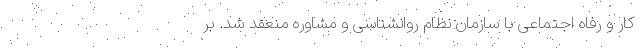
کار و رفاه اجتماعی با سازمان نظام روانشناسی و مشاوره منعقد شد. بر